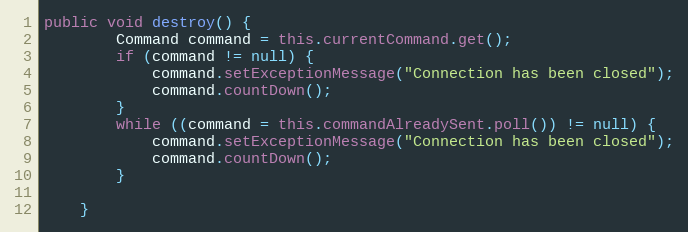
Language: Java
public void destroy() {
		Command command = this.currentCommand.get();
		if (command != null) {
			command.setExceptionMessage("Connection has been closed");
			command.countDown();
		}
		while ((command = this.commandAlreadySent.poll()) != null) {
			command.setExceptionMessage("Connection has been closed");
			command.countDown();
		}

	}